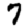
Digit: 7